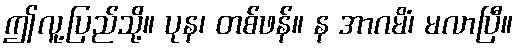
ဤလူ့ပြည်သို့။ ပုန၊ တစ်ဖန်။ န အာဂမိံ၊ မလာပြီ။